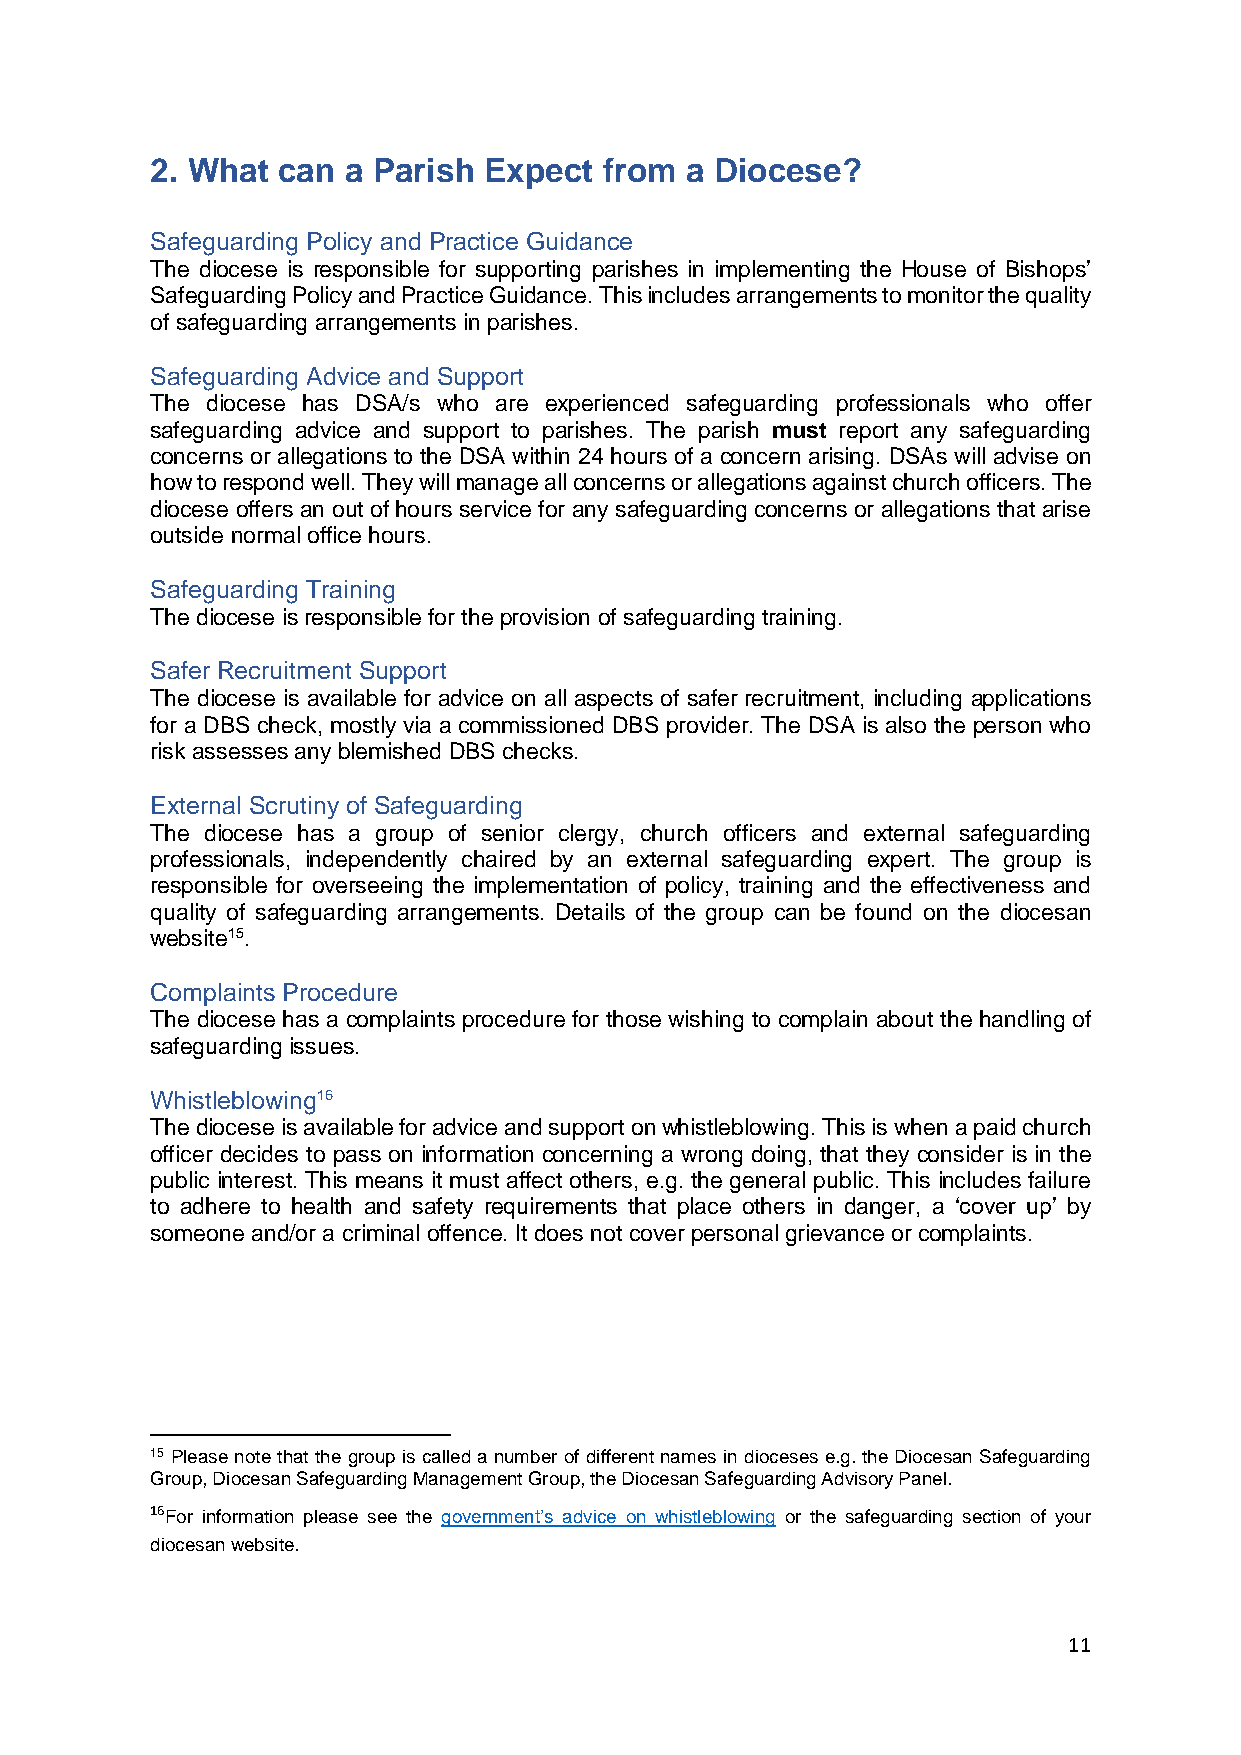
2. What can  a Parish Expect  from a Diocese?
 Safeguarding Policy and Practice Guidance
 The diocese is responsible for supporting parishes in implementing the House of Bishops’
 Safeguarding Policy and Practice Guidance. This includes arrangements to monitor the quality
 of safeguarding arrangements in parishes.
 Safeguarding Advice and Support
 The diocese has DSA/s who are experienced safeguarding professionals who offer
 safeguarding advice and support to parishes. The parish must report any safeguarding
 concerns or allegations to the DSA within 24 hours of a concern arising. DSAs will advise on
 how to respond well. They will manage all concerns or allegations against church officers. The
 diocese offers an out of hours service for any safeguarding concerns or allegations that arise
 outside normal office hours.
 Safeguarding Training
 The diocese is responsible for the provision of safeguarding training.
 Safer Recruitment Support
 The diocese is available for advice on all aspects of safer recruitment, including applications
 for a DBS check, mostly via a commissioned DBS provider. The DSA is also the person who
 risk assesses any blemished DBS checks.
 External Scrutiny of Safeguarding
 The diocese has a group of senior clergy, church officers and external safeguarding
 professionals, independently chaired by an external safeguarding expert. The group is
 responsible for overseeing the implementation of policy, training and the effectiveness and
 quality of safeguarding arrangements. Details of the group can be found on the diocesan
 website15.
 Complaints Procedure
 The diocese has a complaints procedure for those wishing to complain about the handling of
 safeguarding issues.
 Whistleblowing16
 The diocese is available for advice and support on whistleblowing. This is when a paid church
 officer decides to pass on information concerning a wrong doing, that they consider is in the
 public interest. This means it must affect others, e.g. the general public. This includes failure
 to adhere to health and safety requirements that place others in danger, a ‘cover up’ by
 someone and/or a criminal offence. It does not cover personal grievance or complaints.
 15 Please note that the group is called a number of different names in dioceses e.g. the Diocesan Safeguarding
 Group, Diocesan Safeguarding Management Group, the Diocesan Safeguarding Advisory Panel.
 16For information please see the government’s advice on whistleblowing or the safeguarding section of your
 diocesan website.
 11